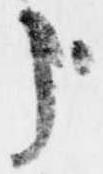
哉